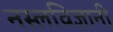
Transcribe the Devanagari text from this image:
नस्लविज्ञानी